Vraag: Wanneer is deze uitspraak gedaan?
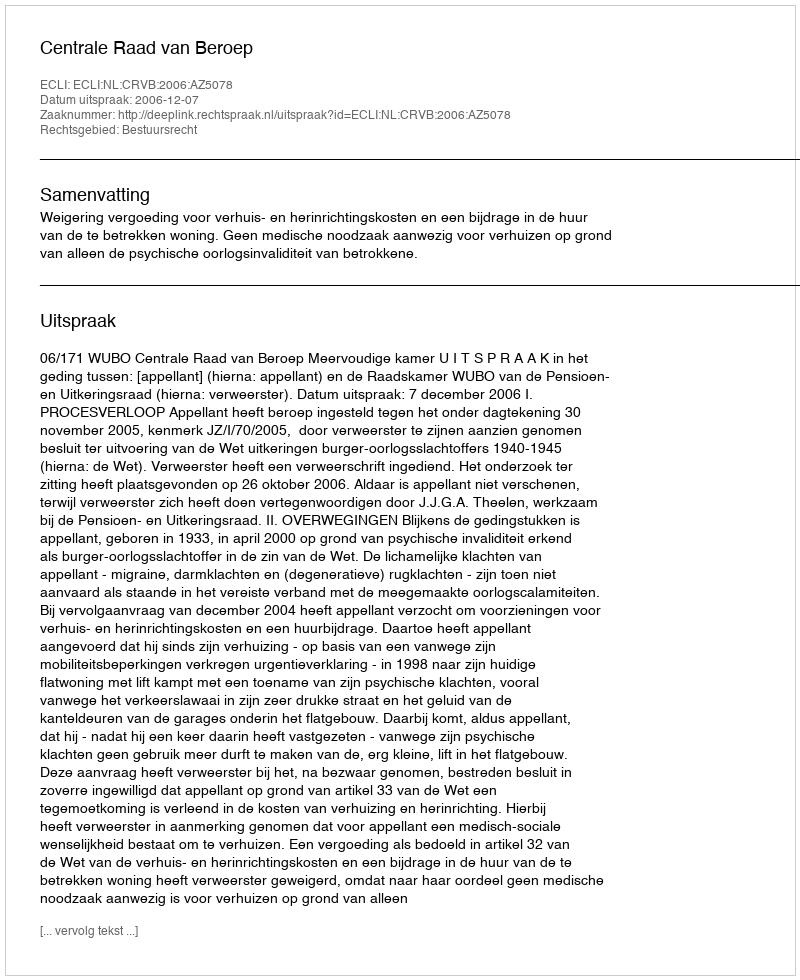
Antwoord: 2006-12-07